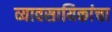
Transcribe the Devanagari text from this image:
व्यावसायिकांचा